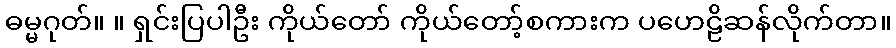
ဓမ္မဂုတ်။ ။ ရှင်းပြပါဦး ကိုယ်တော် ကိုယ်တော့်စကားက ပဟေဠိဆန်လိုက်တာ။